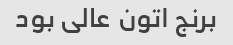
برنج اتون عالی بود